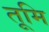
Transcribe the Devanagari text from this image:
तूमि